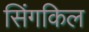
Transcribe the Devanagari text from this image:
सिंगकिल